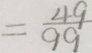
= \frac { 4 9 } { 9 9 }